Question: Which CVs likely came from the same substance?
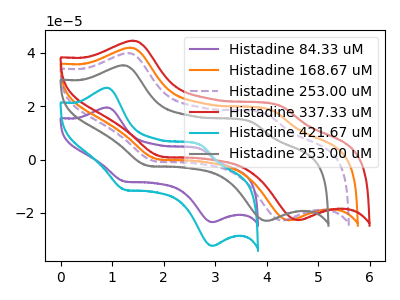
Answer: <think>The purple curve "Histadine 84.33 uM" has anodic peaks at (0.90V, 19.45uA) (2.75V, 3.80uA) and cathodic peaks at (1.25V, -8.15uA) (2.95V, -23.45uA). The orange curve "Histadine 168.67 uM" has anodic peaks at (1.35V, 41.80uA) (4.10V, 18.25uA) and cathodic peaks at (1.90V, 0.20uA) (4.45V, -22.75uA). The purple dashed curve "Histadine 253.00 uM" has anodic peaks at (1.30V, 39.80uA) (4.00V, 16.95uA) and cathodic peaks at (1.80V, -0.55uA) (4.30V, -22.85uA). The red curve "Histadine 337.33 uM" has anodic peaks at (1.40V, 44.45uA) (4.30V, 19.95uA) and cathodic peaks at (1.95V, 1.20uA) (4.60V, -22.70uA). The cyan curve "Histadine 421.67 uM" has anodic peaks at (0.90V, 26.85uA) (2.75V, 5.25uA) and cathodic peaks at (1.25V, -11.25uA) (2.95V, -32.30uA). The gray curve "Histadine 253.00 uM" has anodic peaks at (1.20V, 35.25uA) (3.70V, 14.00uA) and cathodic peaks at (1.70V, -2.25uA) (4.00V, -22.95uA).
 "Histadine 84.33 uM" and "Histadine 168.67 uM" have at least one peak that do not match. "Histadine 84.33 uM" and "Histadine 253.00 uM" have at least one peak that do not match. "Histadine 84.33 uM" and "Histadine 337.33 uM" have at least one peak that do not match. All the peaks in "Histadine 84.33 uM" have a peak in "Histadine 421.67 uM" at the same potential. Every peak in "Histadine 84.33 uM" is lower than every peak in "Histadine 421.67 uM". "Histadine 84.33 uM" and "Histadine 253.00 uM" have at least one peak that do not match. "Histadine 168.67 uM" and "Histadine 253.00 uM" have at least one peak that do not match. "Histadine 168.67 uM" and "Histadine 337.33 uM" have at least one peak that do not match. "Histadine 168.67 uM" and "Histadine 421.67 uM" have at least one peak that do not match. "Histadine 168.67 uM" and "Histadine 253.00 uM" have at least one peak that do not match. "Histadine 253.00 uM" and "Histadine 337.33 uM" have at least one peak that do not match. "Histadine 253.00 uM" and "Histadine 421.67 uM" have at least one peak that do not match. "Histadine 253.00 uM" and "Histadine 253.00 uM" have at least one peak that do not match. "Histadine 337.33 uM" and "Histadine 421.67 uM" have at least one peak that do not match. "Histadine 337.33 uM" and "Histadine 253.00 uM" have at least one peak that do not match. "Histadine 421.67 uM" and "Histadine 253.00 uM" have at least one peak that do not match.</think>
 <answer>"Histadine 84.33 uM" and "Histadine 421.67 uM" have the same shape and are likely CV's of the same chemical.</answer>
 <eval>"Histadine 84.33 uM" "Histadine 421.67 uM"</eval>